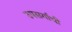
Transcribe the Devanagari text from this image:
उपसर्गाची